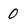
Character: 0